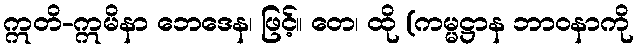
ဣတိ-ဣမိနာ ဘေဒေန၊ ဖြင့်။ တေ၊ ထို (ကမ္မဋ္ဌာန ဘာဝနာကို